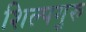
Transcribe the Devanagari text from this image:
शिल्पगुरु